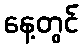
နေ့တွင်